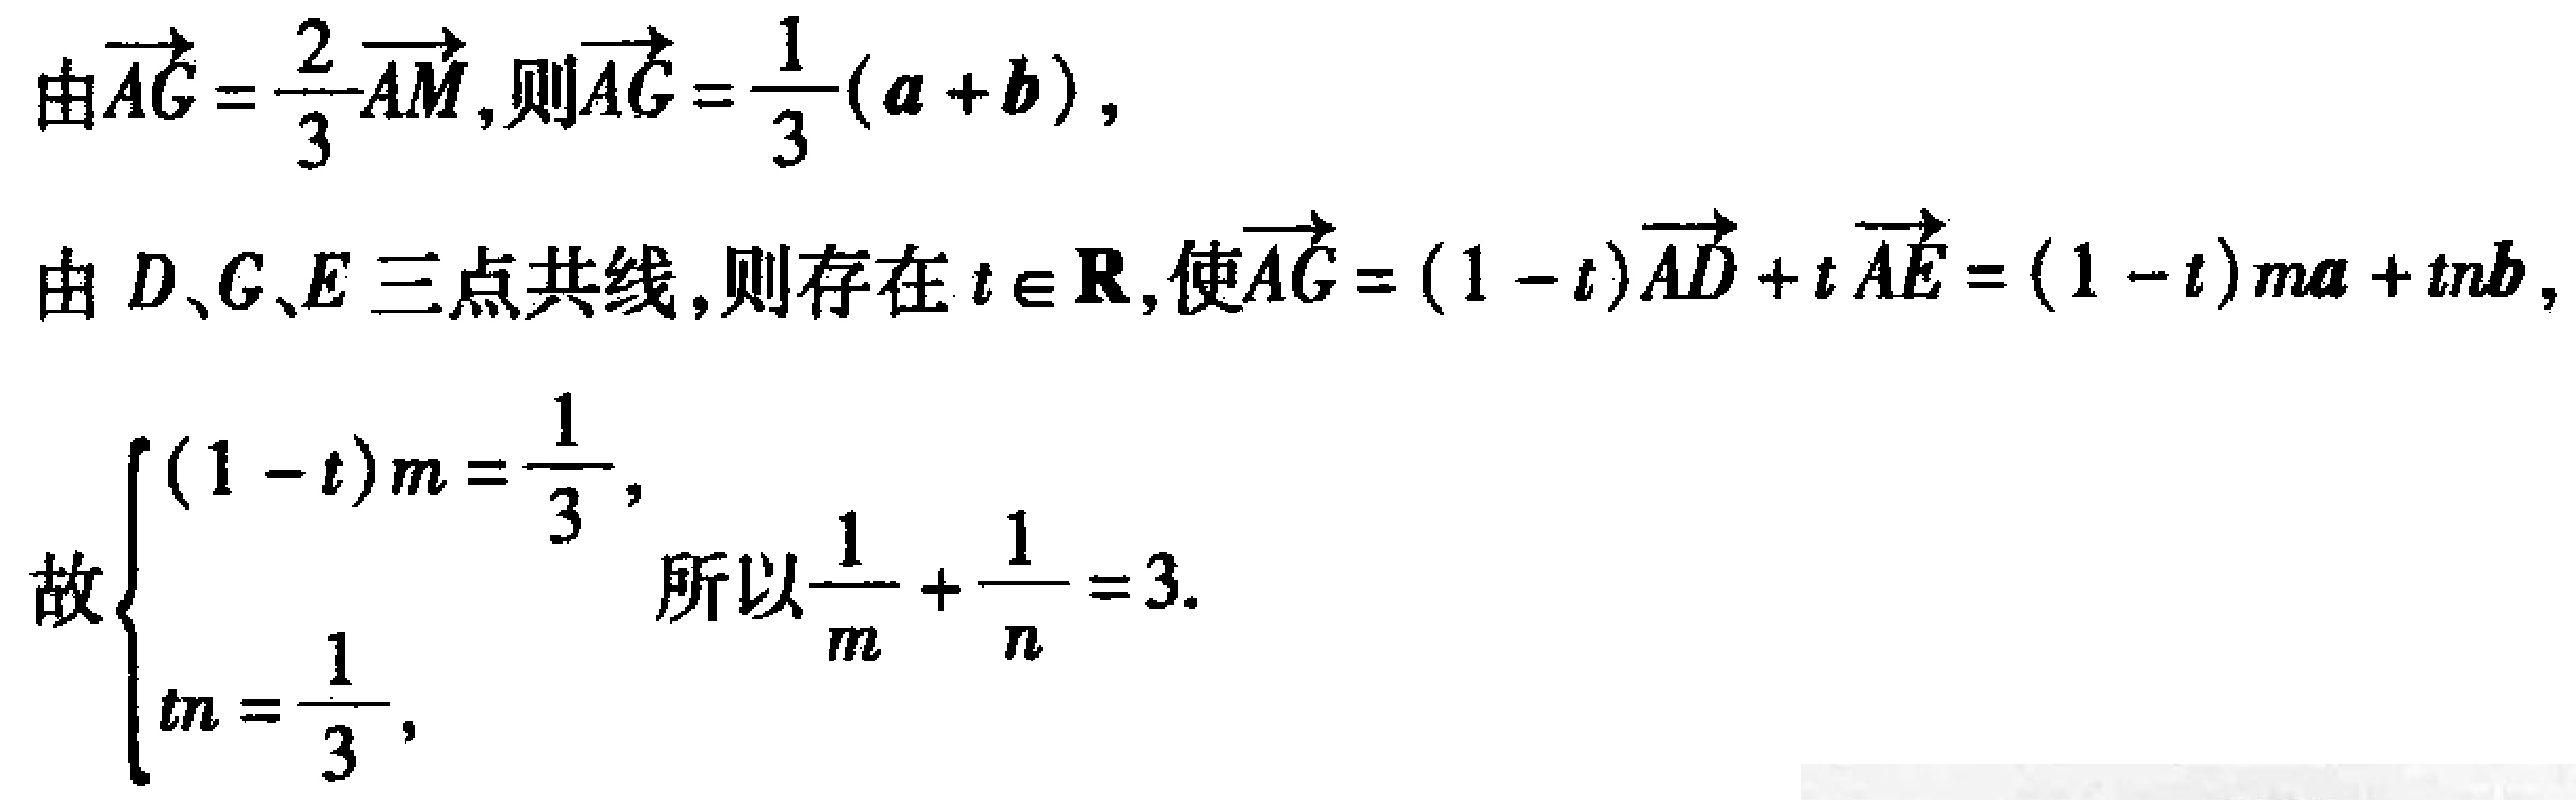
由\(\overrightarrow{AG} = \frac{2}{3}\overrightarrow{AM}\), 则\(\overrightarrow{AG} = \frac{1}{3}(\boldsymbol{a} + \boldsymbol{b})\),
由 \(D、G、E\) 三点共线, 则存在 \(t \in \mathbf{R}\), 使\(\overrightarrow{AG} = (1 - t)\overrightarrow{AD} + t\overrightarrow{AE} = (1 - t)m\boldsymbol{a} + tn\boldsymbol{b}\),
故\(\begin{cases}(1 - t)m = \frac{1}{3}, \\ tn = \frac{1}{3}, \end{cases}\) 所以\(\frac{1}{m} + \frac{1}{n} = 3\).